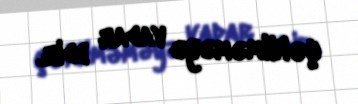
çəkilməməyə vadar edir.